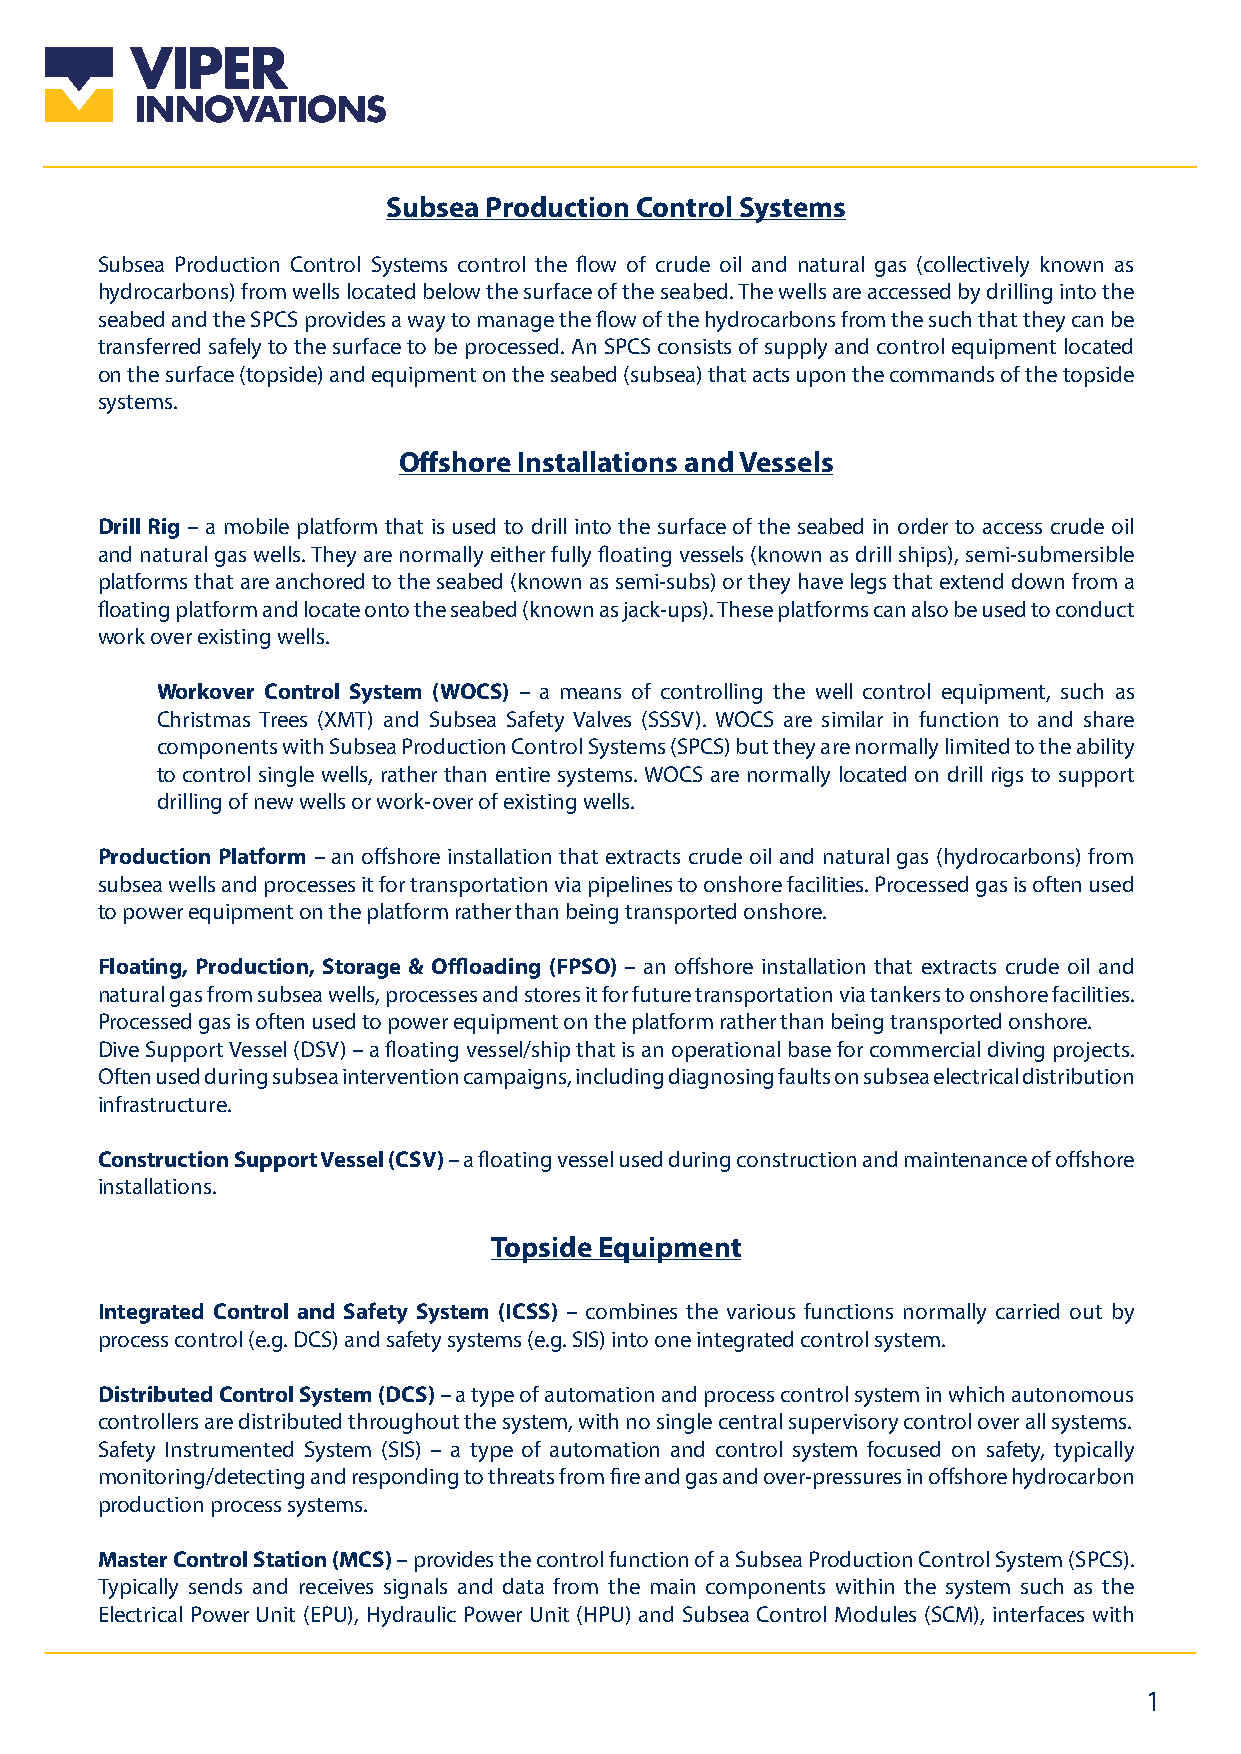
Subsea Production Control Systems
 Subsea Production Control Systems control the flow of crude oil and natural gas (collectively known as
 hydrocarbons) from wells located below the surface of the seabed. The wells are accessed by drilling into the
 seabed and the SPCS provides a way to manage the flow of the hydrocarbons from the such that they can be
 transferred safely to the surface to be processed. An SPCS consists of supply and control equipment located
 on the surface (topside) and equipment on the seabed (subsea) that acts upon the commands of the topside
 systems.
 Offshore Installations and Vessels
 Drill Rig – a mobile platform that is used to drill into the surface of the seabed in order to access crude oil
 and natural gas wells. They are normally either fully floating vessels (known as drill ships), semi-submersible
 platforms that are anchored to the seabed (known as semi-subs) or they have legs that extend down from a
 floating platform and locate onto the seabed (known as jack-ups). These platforms can also be used to conduct
 work over existing wells.
 Workover Control System (WOCS) – a means of controlling the well control equipment, such as
 Christmas Trees (XMT) and Subsea Safety Valves (SSSV). WOCS are similar in function to and share
 components with Subsea Production Control Systems (SPCS) but they are normally limited to the ability
 to control single wells, rather than entire systems. WOCS are normally located on drill rigs to support
 drilling of new wells or work-over of existing wells.
 Production Platform – an offshore installation that extracts crude oil and natural gas (hydrocarbons) from
 subsea wells and processes it for transportation via pipelines to onshore facilities. Processed gas is often used
 to power equipment on the platform rather than being transported onshore.
 Floating, Production, Storage & Offloading (FPSO) – an offshore installation that extracts crude oil and
 natural gas from subsea wells, processes and stores it for future transportation via tankers to onshore facilities.
 Processed gas is often used to power equipment on the platform rather than being transported onshore.
 Dive Support Vessel (DSV) – a floating vessel/ship that is an operational base for commercial diving projects.
 Often used during subsea intervention campaigns, including diagnosing faults on subsea electrical distribution
 infrastructure.
 Construction Support Vessel (CSV) – a floating vessel used during construction and maintenance of offshore
 installations.
 Topside Equipment
 Integrated Control and Safety System (ICSS) – combines the various functions normally carried out by
 process control (e.g. DCS) and safety systems (e.g. SIS) into one integrated control system.
 Distributed Control System (DCS) – a type of automation and process control system in which autonomous
 controllers are distributed throughout the system, with no single central supervisory control over all systems.
 Safety Instrumented System (SIS) – a type of automation and control system focused on safety, typically
 monitoring/detecting and responding to threats from fire and gas and over-pressures in offshore hydrocarbon
 production process systems.
 Master Control Station (MCS) – provides the control function of a Subsea Production Control System (SPCS).
 Typically sends and receives signals and data from the main components within the system such as the
 Electrical Power Unit (EPU), Hydraulic Power Unit (HPU) and Subsea Control Modules (SCM), interfaces with
 1